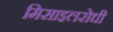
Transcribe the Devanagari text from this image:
मिसाइलरोधी